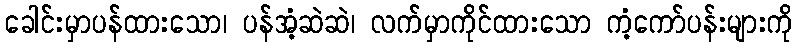
ခေါင်းမှာပန်ထားသော၊ ပန်အံ့ဆဲဆဲ၊ လက်မှာကိုင်ထားသော ကံ့ကော်ပန်းများကို